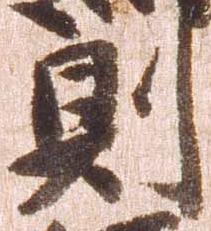
則